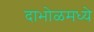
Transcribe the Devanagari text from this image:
दाभोळमध्ये